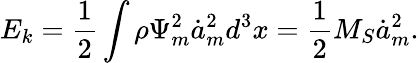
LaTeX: E_{k}=\frac 12\int\rho\Psi_{m}^{2}\dot{a}_{m}^{2}d^{3}x=\frac 12M_{S}\dot{a}_{m}^{2}.